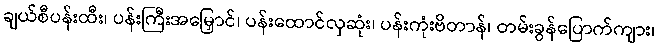
ချယ်စီပန်းထီး၊ ပန်းကြီးအမြှောင်၊ ပန်းထောင်လှဆုံး၊ ပန်းကုံးဗိတာန်၊ တမ်းခွန်ပြောက်ကျား၊